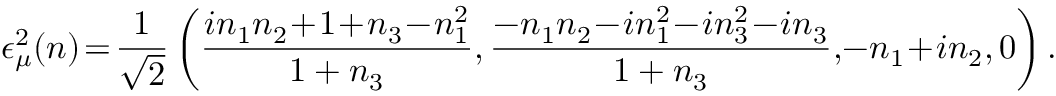
\epsilon _ { \mu } ^ { 2 } ( n ) \! = \! { \frac { 1 } { \sqrt { 2 } } } \left( { \frac { i n _ { 1 } n _ { 2 } \! + \! 1 \! + \! n _ { 3 } \! - \! n _ { 1 } ^ { 2 } } { 1 + n _ { 3 } } } , { \frac { - n _ { 1 } n _ { 2 } \! - \! i n _ { 1 } ^ { 2 } \! - \! i n _ { 3 } ^ { 2 } \! - \! i n _ { 3 } } { 1 + n _ { 3 } } } , \! - n _ { 1 } \! + \! i n _ { 2 } , 0 \right) .